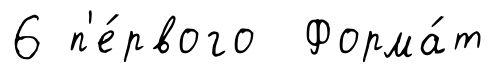
6 п'е́рвого Форма́т